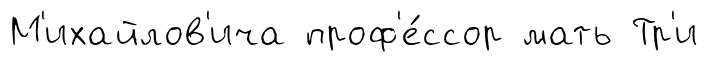
М'ихайлов'ича проф'е́ссор мать Тр'и